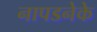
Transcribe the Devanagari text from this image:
नापडनेके